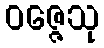
ဝဇ္ဇေသု